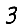
Digit: 3